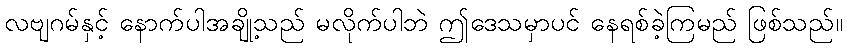
လဗျဂမ်နှင့် နောက်ပါအချို့သည် မလိုက်ပါဘဲ ဤဒေသမှာပင် နေရစ်ခဲ့ကြမည် ဖြစ်သည်။